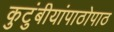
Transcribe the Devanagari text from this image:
कुटुंबीयांपाठोपाठ